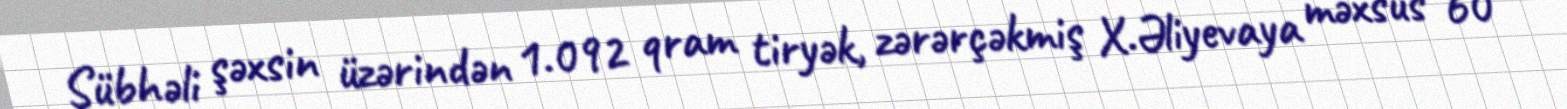
Şübhəli şəxsin üzərindən 1.092 qram tiryək, zərərçəkmiş X.Əliyevaya məxsus 60